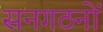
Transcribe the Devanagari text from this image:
सनगठनों